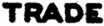
TRADE